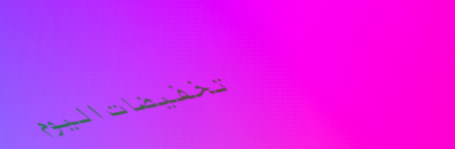
تخفيضات اليوم